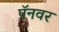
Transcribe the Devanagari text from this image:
पॅनवर